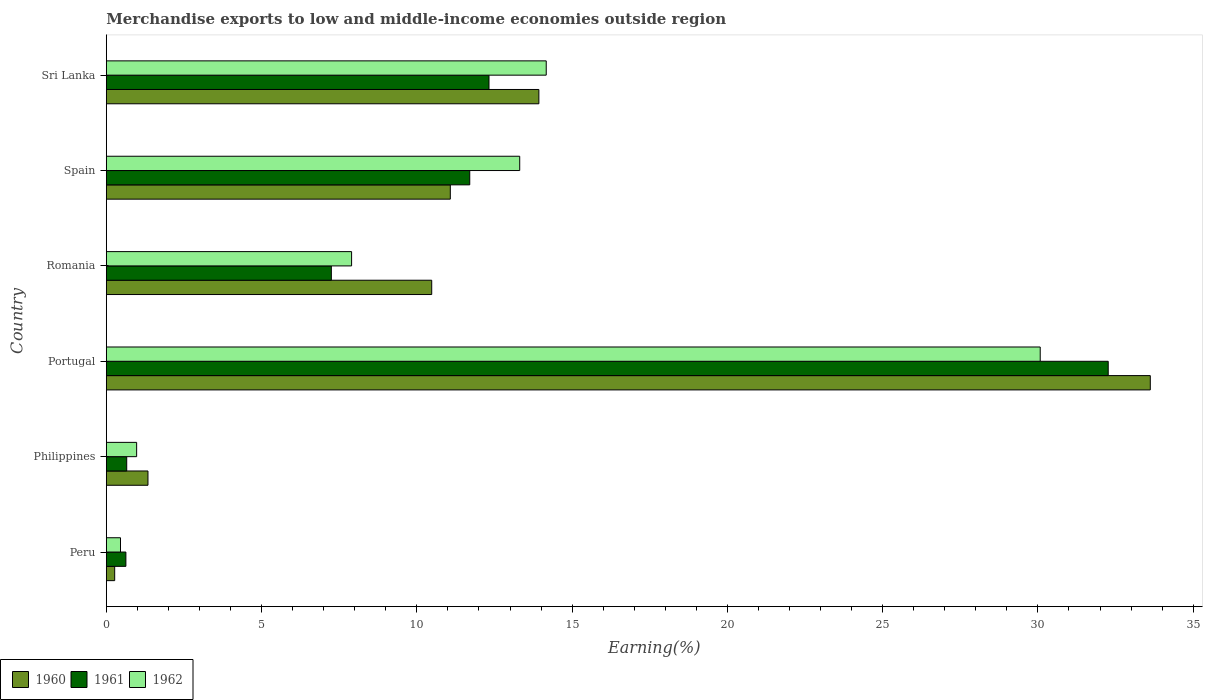
| Country | 1960 | 1961 | 1962 |
 | --- | --- | --- | --- |
 | Peru | 0.269 | 0.63 | 0.456 |
 | Philippines | 1.34 | 0.656 | 0.976 |
 | Portugal | 33.6 | 32.3 | 30.1 |
 | Romania | 10.5 | 7.25 | 7.9 |
 | Spain | 11.1 | 11.7 | 13.3 |
 | Sri Lanka | 13.9 | 12.3 | 14.2 |